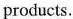
products.